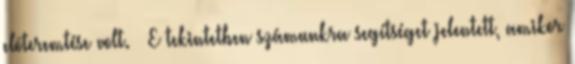
elôteremtése volt. — E tekintetben számunkra segítséget jelentett, amikor